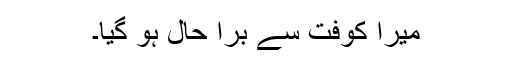
میرا کوفت سے برا حال ہو گیا۔